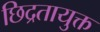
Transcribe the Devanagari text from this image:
छिद्रतायुक्त